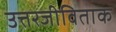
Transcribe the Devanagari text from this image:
उत्तरजीविताक